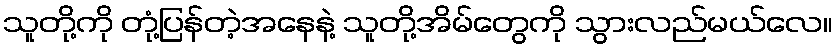
သူတို့ကို တုံ့ပြန်တဲ့အနေနဲ့ သူတို့အိမ်တွေကို သွားလည်မယ်လေ။